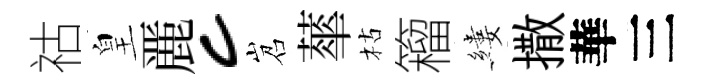
祜皇䴡c岧蕐枯籕縷撒華三